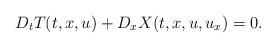
LaTeX: \begin{align*}D_tT(t,x,u)+D_xX(t,x,u,u_x)=0.\end{align*}